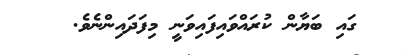
ގައި ބަޔާން ކުރައްވައިފައިވަނީ މިފަދައިންނެވެ.